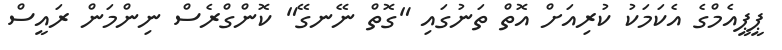
ޕީޕީއެމްގެ އެކަމަކު ކުރިއަށް އޮތް ތަނުގައި "ގޮތް ނޭނގޭ" ކޮންގްރެސް ނިންމަން ރައީސް